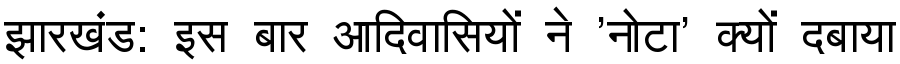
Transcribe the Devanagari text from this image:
झारखंड: इस बार आदिवासियों ने 'नोटा' क्यों दबाया